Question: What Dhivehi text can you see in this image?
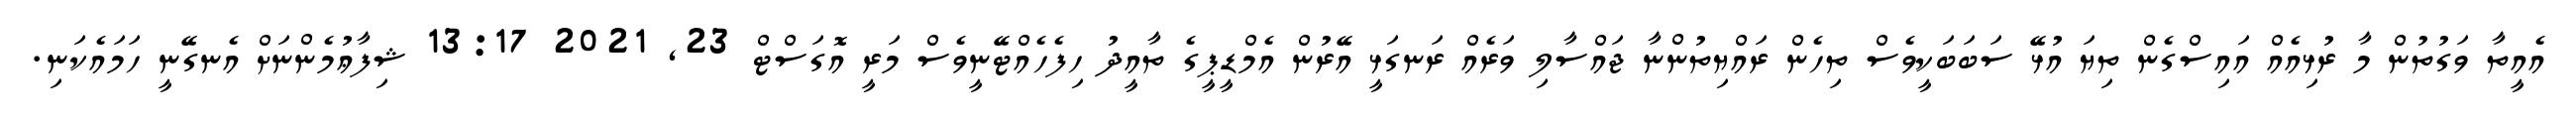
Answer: އެއީތާ ވަގުތުން މާ ރުޅިއެއް އައިސްގެން ތިޔަ އުޅޭ ސަބަބަކީވެސް ތިހެން ރައްޔިތުންނާ ޖައްސާލި ވަރެއް ރަނގަޅީ އޭރުން އެމްޑީޕީގެ ތާއީދު ހިފެހެއްޓޭނީވެސް މަރީ އޮގަސްޓް 23, 2021 13:17 ޝިފާޢުމެންނަށް އެނގޭނީ ހަމައެކަނި.